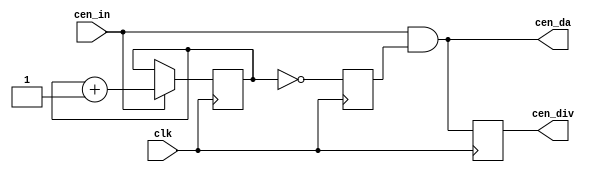
// This program was cloned from: https://github.com/jotego/jtcores
// License: GNU General Public License v3.0

/*  This file is part of JTFRAME.
    JTFRAME program is free software: you can redistribute it and/or modify
    it under the terms of the GNU General Public License as published by
    the Free Software Foundation, either version 3 of the License, or
    (at your option) any later version.

    JTFRAME program is distributed in the hope that it will be useful,
    but WITHOUT ANY WARRANTY; without even the implied warranty of
    MERCHANTABILITY or FITNESS FOR A PARTICULAR PURPOSE.  See the
    GNU General Public License for more details.

    You should have received a copy of the GNU General Public License
    along with JTFRAME.  If not, see <http://www.gnu.org/licenses/>.

    Author: Jose Tejada Gomez. Twitter: @topapate
    Version: 1.0
    Date: 15-4-2021 */

// Divides a clock enable signal frequency by an integer

module jtframe_cendiv #( parameter
    MDIV    = 2
)(
    input      clk,
    input      cen_in,
    output reg cen_div, // Divided but not alligned with the original
    output     cen_da   // Divided and alligned
);

localparam CW = $clog2(MDIV);

reg [CW-1:0] cnt=0;
reg z;

assign cen_da = cen_in & z;

always @(posedge clk) begin
    if( cen_in ) cnt <= cnt==(MDIV[CW-1:0]-1) ? {CW{1'b0}} : cnt+1'd1;
    z <= cnt==0;
    cen_div <= cen_da;
end

endmodule